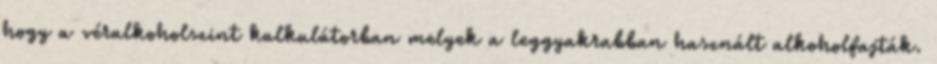
hogy a véralkoholszint kalkulátorban melyek a leggyakrabban használt alkoholfajták.